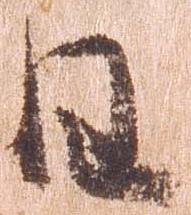
日